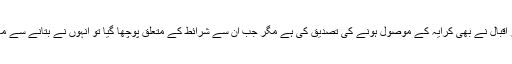
ڈائریکٹر ظفر اقبال نے بھی کرایہ کے موصول ہونے کی تصدیق کی ہے مگر جب ان سے شرائط کے متعلق پوچھا گیا تو انہوں نے بتانے سے معذرت کر لی۔